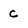
Character: c